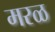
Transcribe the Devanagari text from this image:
मरळ